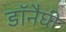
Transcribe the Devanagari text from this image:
डॉनैघी